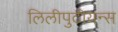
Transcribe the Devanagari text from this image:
लिलीपुटीयन्स